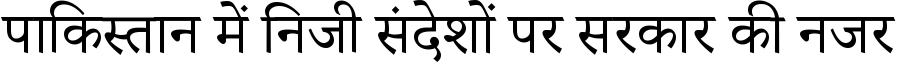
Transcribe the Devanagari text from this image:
पाकिस्तान में निजी संदेशों पर सरकार की नजर